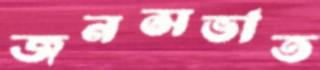
জনসভাত